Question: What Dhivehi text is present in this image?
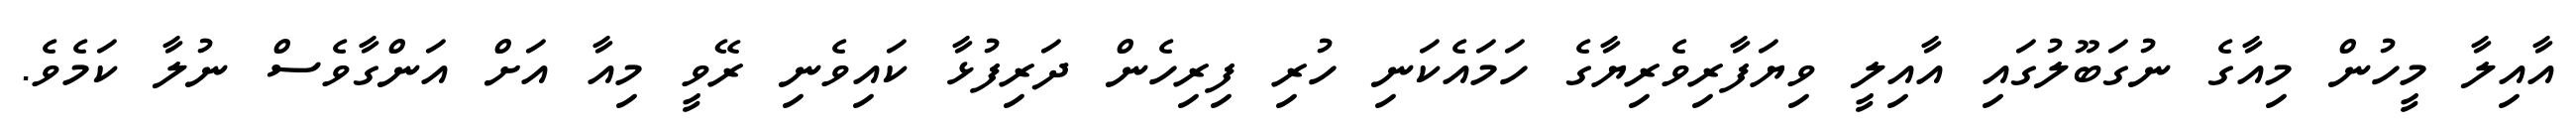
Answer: އާއިލާ މީހުން މިއާގެ ނުގަބޫލުގައި އާއިލީ ވިޔަފާރިވެރިޔާގެ ހަމައެކަނި ހުރި ފިރިހެން ދަރިފުޅާ ކައިވެނި ރޭވީ މިއާ އަށް އަންގާވެސް ނުލާ ކަމެވެ.